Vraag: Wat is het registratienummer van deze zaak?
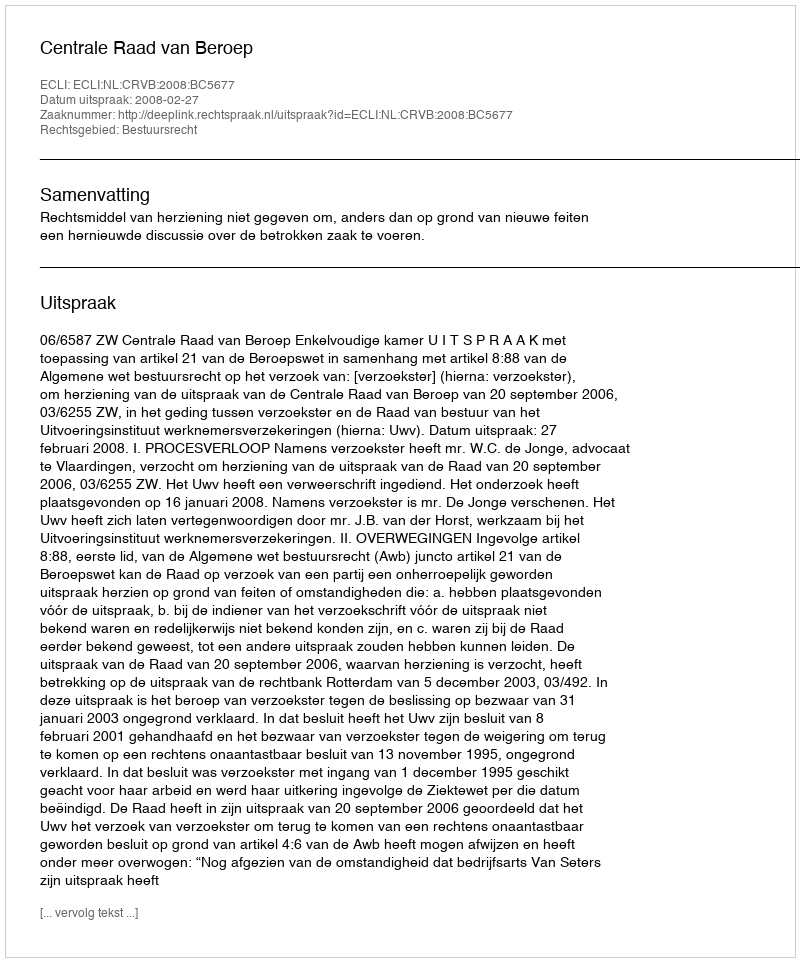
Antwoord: http://deeplink.rechtspraak.nl/uitspraak?id=ECLI:NL:CRVB:2008:BC5677